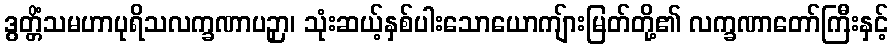
ဒွတ္တိံသမဟာပုရိသလက္ခဏာပဉှာ၊ သုံးဆယ့်နှစ်ပါးသောယောကျ်ားမြတ်တို့၏ လက္ခဏာတော်ကြီးနှင့်